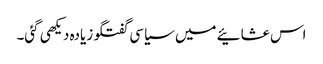
اس عشائیے میں سیاسی گفتگو زیادہ دیکھی گئی۔